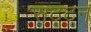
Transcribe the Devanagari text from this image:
सट्टन